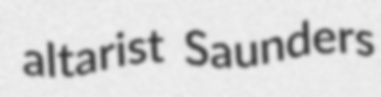
altarist Saunders